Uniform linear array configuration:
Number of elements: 64
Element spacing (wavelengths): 1
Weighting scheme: hamming
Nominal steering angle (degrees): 15
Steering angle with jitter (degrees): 13.213
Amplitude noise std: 0.05
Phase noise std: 0.05

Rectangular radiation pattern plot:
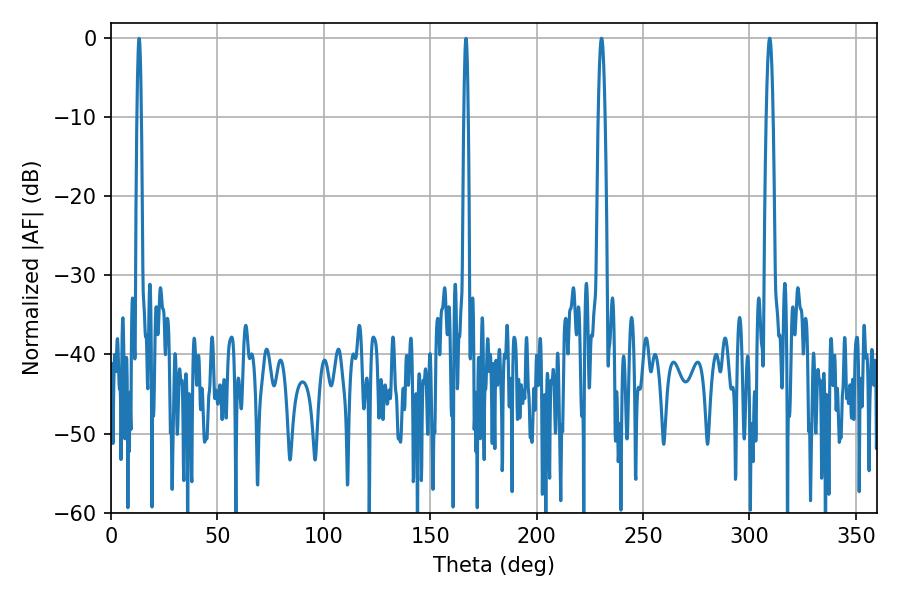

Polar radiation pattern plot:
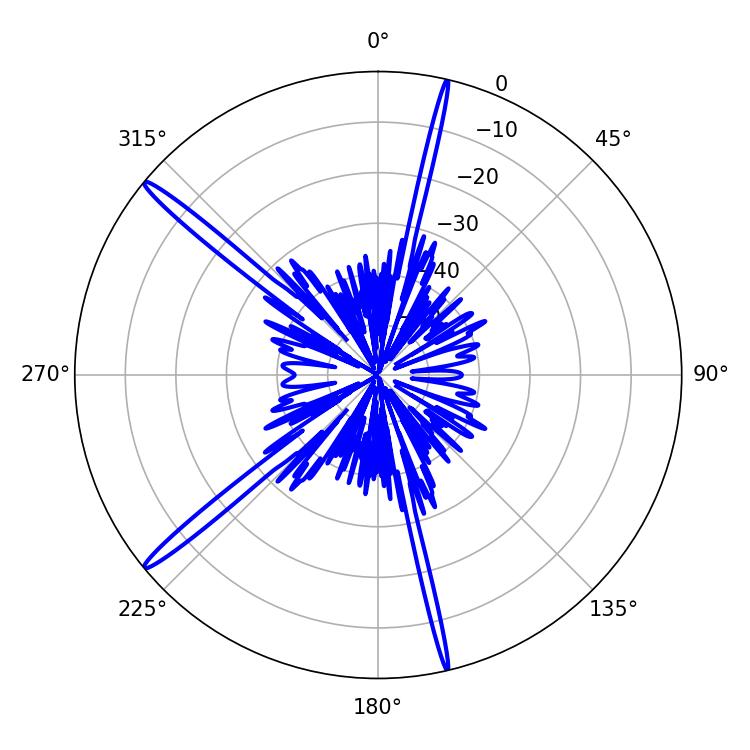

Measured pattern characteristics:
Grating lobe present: TRUE
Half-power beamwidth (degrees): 1.62
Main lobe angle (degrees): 309.42